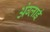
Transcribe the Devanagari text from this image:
अंग्लाई